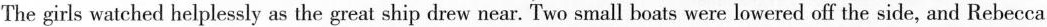
The girls watched helplessly as the great ship drew near. dot wo small boats were lowered off the side,and Rebecca